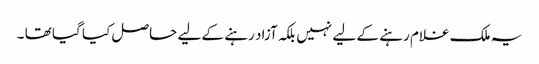
یہ ملک غلام رہنے کے لیے نہیں بلکہ آزاد رہنے کے لیے حاصل کیا گیا تھا ۔